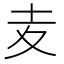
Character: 𡕟